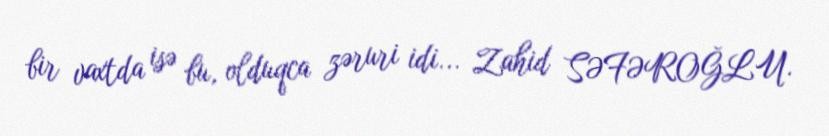
bir vaxtda isə bu, olduqca zəruri idi... Zahid SƏFƏROĞLU.